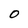
Character: O